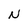
Character: N